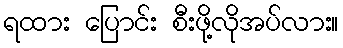
ရထား ပြောင်း စီးဖို့လိုအပ်လား။